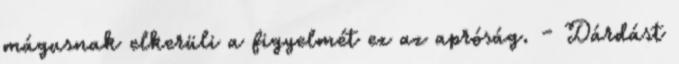
mágusnak elkerüli a figyelmét ez az apróság. - Dárdást